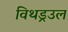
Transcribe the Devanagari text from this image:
विथड्रउल